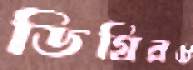
ডিগ্রিরও